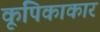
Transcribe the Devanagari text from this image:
कूपिकाकार